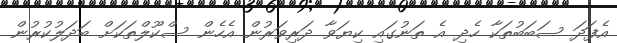
އެފަދަ ސަބަބުތަކާ ހެދި އެ ތަނުގައި ކިޔަވާ ދަރިވަރުން އެހެން ސްކޫލްތަކަށް ބަދަލުކުރުން